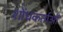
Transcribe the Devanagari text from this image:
शोंधकर्ताओं